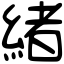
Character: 緒